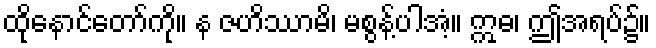
ထိုနောင်တော်ကို။ န ဇဟိဿာမိ၊ မစွန့်ပါအံ့။ ဣဓ၊ ဤအရပ်၌။